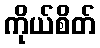
ကိုယ်စိတ်